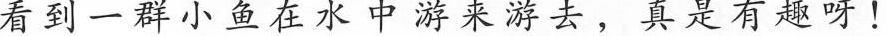
看到一群小鱼在水中游来游去，真是有趣呀！